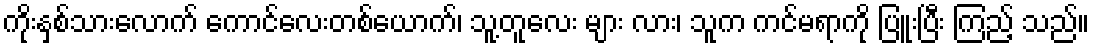
ကိုးနှစ်သားလောက် ကောင်လေးတစ်ယောက်၊ သူ့တူလေး များ လား၊ သူက ကင်မရာကို ပြူးပြီး ကြည့် သည်။